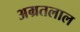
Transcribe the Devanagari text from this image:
अम्रतलाल